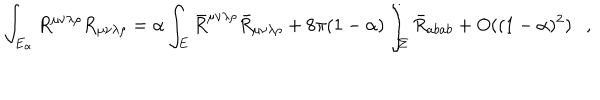
LaTeX: \int _ { E _ { \alpha } } R ^ { \mu \nu \lambda \rho } R _ { \mu \nu \lambda \rho } = \alpha \int _ { E } \bar { R } ^ { \mu \nu \lambda \rho } \bar { R } _ { \mu \nu \lambda \rho } + 8 \pi ( 1 - \alpha ) \int _ { \Sigma } \bar { R } _ { a b a b } + O ( ( 1 - \alpha ) ^ { 2 } ) ,